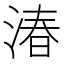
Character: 湷